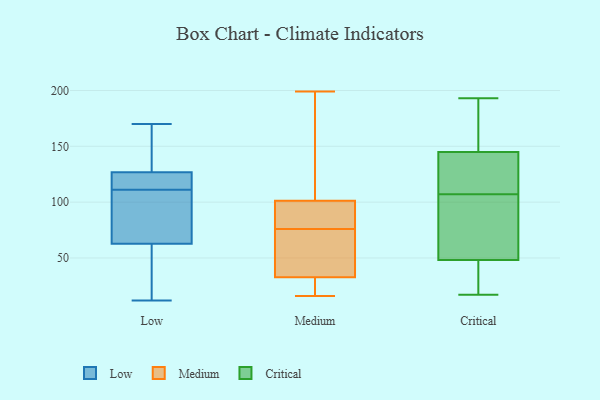
{"axis": {"x": "Gross Profit (USD K)", "y": "Value"}, "legend": ["Critical", "Low", "Medium"], "data": [{"x": "", "y": 119, "type": "Low"}, {"x": "", "y": 62, "type": "Low"}, {"x": "", "y": 135, "type": "Low"}, {"x": "", "y": 164, "type": "Low"}, {"x": "", "y": 12, "type": "Low"}, {"x": "", "y": 124, "type": "Low"}, {"x": "", "y": 39, "type": "Low"}, {"x": "", "y": 63, "type": "Low"}, {"x": "", "y": 112, "type": "Low"}, {"x": "", "y": 170, "type": "Low"}, {"x": "", "y": 94, "type": "Low"}, {"x": "", "y": 79, "type": "Low"}, {"x": "", "y": 111, "type": "Low"}, {"x": "", "y": 42, "type": "Medium"}, {"x": "", "y": 18, "type": "Medium"}, {"x": "", "y": 175, "type": "Medium"}, {"x": "", "y": 65, "type": "Medium"}, {"x": "", "y": 199, "type": "Medium"}, {"x": "", "y": 34, "type": "Medium"}, {"x": "", "y": 141, "type": "Medium"}, {"x": "", "y": 86, "type": "Medium"}, {"x": "", "y": 84, "type": "Medium"}, {"x": "", "y": 37, "type": "Medium"}, {"x": "", "y": 76, "type": "Medium"}, {"x": "", "y": 29, "type": "Medium"}, {"x": "", "y": 22, "type": "Medium"}, {"x": "", "y": 16, "type": "Medium"}, {"x": "", "y": 88, "type": "Medium"}, {"x": "", "y": 82, "type": "Medium"}, {"x": "", "y": 164, "type": "Medium"}, {"x": "", "y": 151, "type": "Critical"}, {"x": "", "y": 46, "type": "Critical"}, {"x": "", "y": 87, "type": "Critical"}, {"x": "", "y": 143, "type": "Critical"}, {"x": "", "y": 177, "type": "Critical"}, {"x": "", "y": 91, "type": "Critical"}, {"x": "", "y": 49, "type": "Critical"}, {"x": "", "y": 193, "type": "Critical"}, {"x": "", "y": 123, "type": "Critical"}, {"x": "", "y": 107, "type": "Critical"}, {"x": "", "y": 132, "type": "Critical"}, {"x": "", "y": 17, "type": "Critical"}, {"x": "", "y": 25, "type": "Critical"}]}